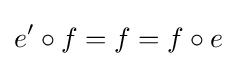
e^{\prime }\circ f=f=f\circ e